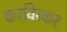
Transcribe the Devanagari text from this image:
करविरकर